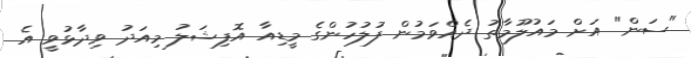
"ސަން" އަށް މައުލޫމާތު ދެއްވަމުން ފުލުހުންގެ މީޑިއާ އޮފިޝަލު މިއަދު ވިދާޅުވީ އެ